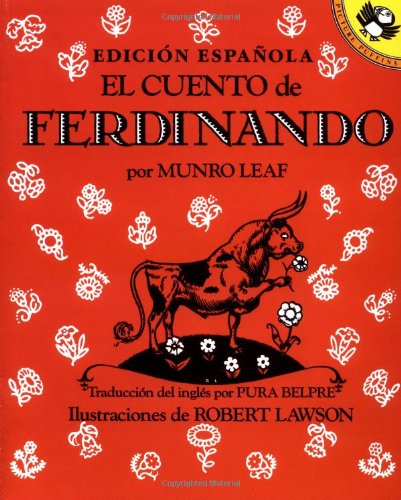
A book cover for El Cuento de Ferdinando (The Story of Ferdinand in Spanish)  (Picture Puffins); Munro Leaf; Children's Books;